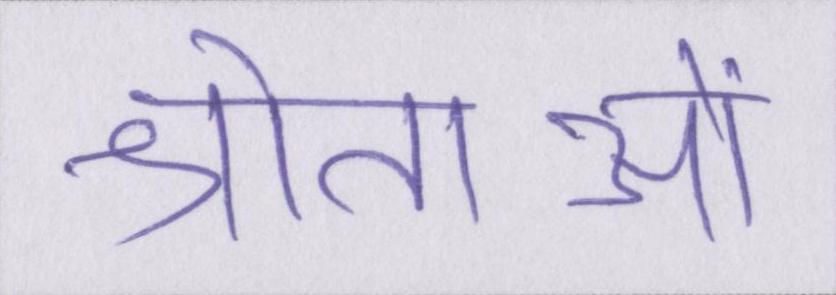
श्रोताओं